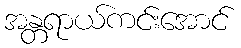
အန္တရာယ်ကင်းအောင်